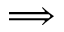
\scriptstyle \implies